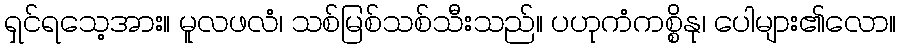
ရှင်ရသေ့အား။ မူလဖလံ၊ သစ်မြစ်သစ်သီးသည်။ ပဟုကံကစ္စိနု၊ ပေါများ၏လော။